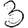
Digit: 3